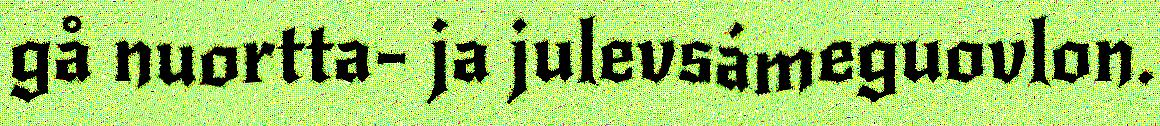
gå nuortta- ja julevsámeguovlon.